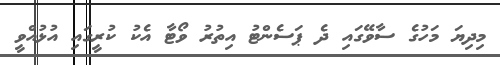
މިދިޔަ މަހުގެ ސާވޭގައި ދެ ޕަސެންޓު އިތުރު ވޯޓާ އެކު ކުރީގައި އުޅުއްވީ